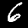
Label: 6